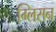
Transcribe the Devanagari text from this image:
ग्लिसन